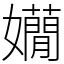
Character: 𡤃